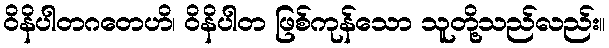
ဝိနိပါတဂတေဟိ၊ ဝိနိပါတ ဖြစ်ကုန်သော သူတို့သည်လည်း။